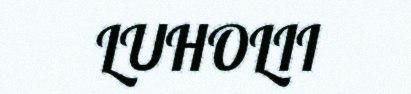
LUHOLII